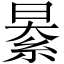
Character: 𦀤